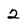
Character: 2